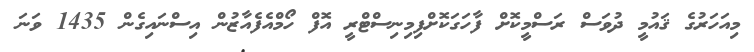
މިއަހަރުގެ ޤައުމީ ދުވަސް ރަސްމީކޮށް ފާހަގަކޮށްފިމިނިސްޓްރީ އޮފް ހޯމްްއެފެއާޒުން އިސްނައިގެން 1435 ވަނަ